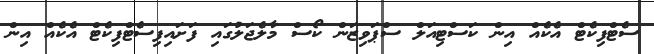
ސެޓްފިކެޓް އެކެއް އިން ކަސްޓިއަލް ސްޕަވިޒަން ކޯސް މާލެޖަލުގައި ފަށައިފިސެޓްފިކެޓް އެކެއް އިން